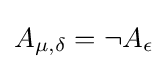
A_{\mu ,\delta }=\neg A_{\epsilon }